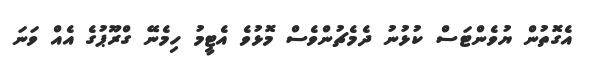
އެގޮތުން ޔުވެންޓަސް ކުޅުނު ދެމެޗުންވެސް މޮޅުވެ އެޓީމު ހިމެނޭ ގްރޫޕުގެ އެއް ވަނަ